Riigikantselei, lk 335
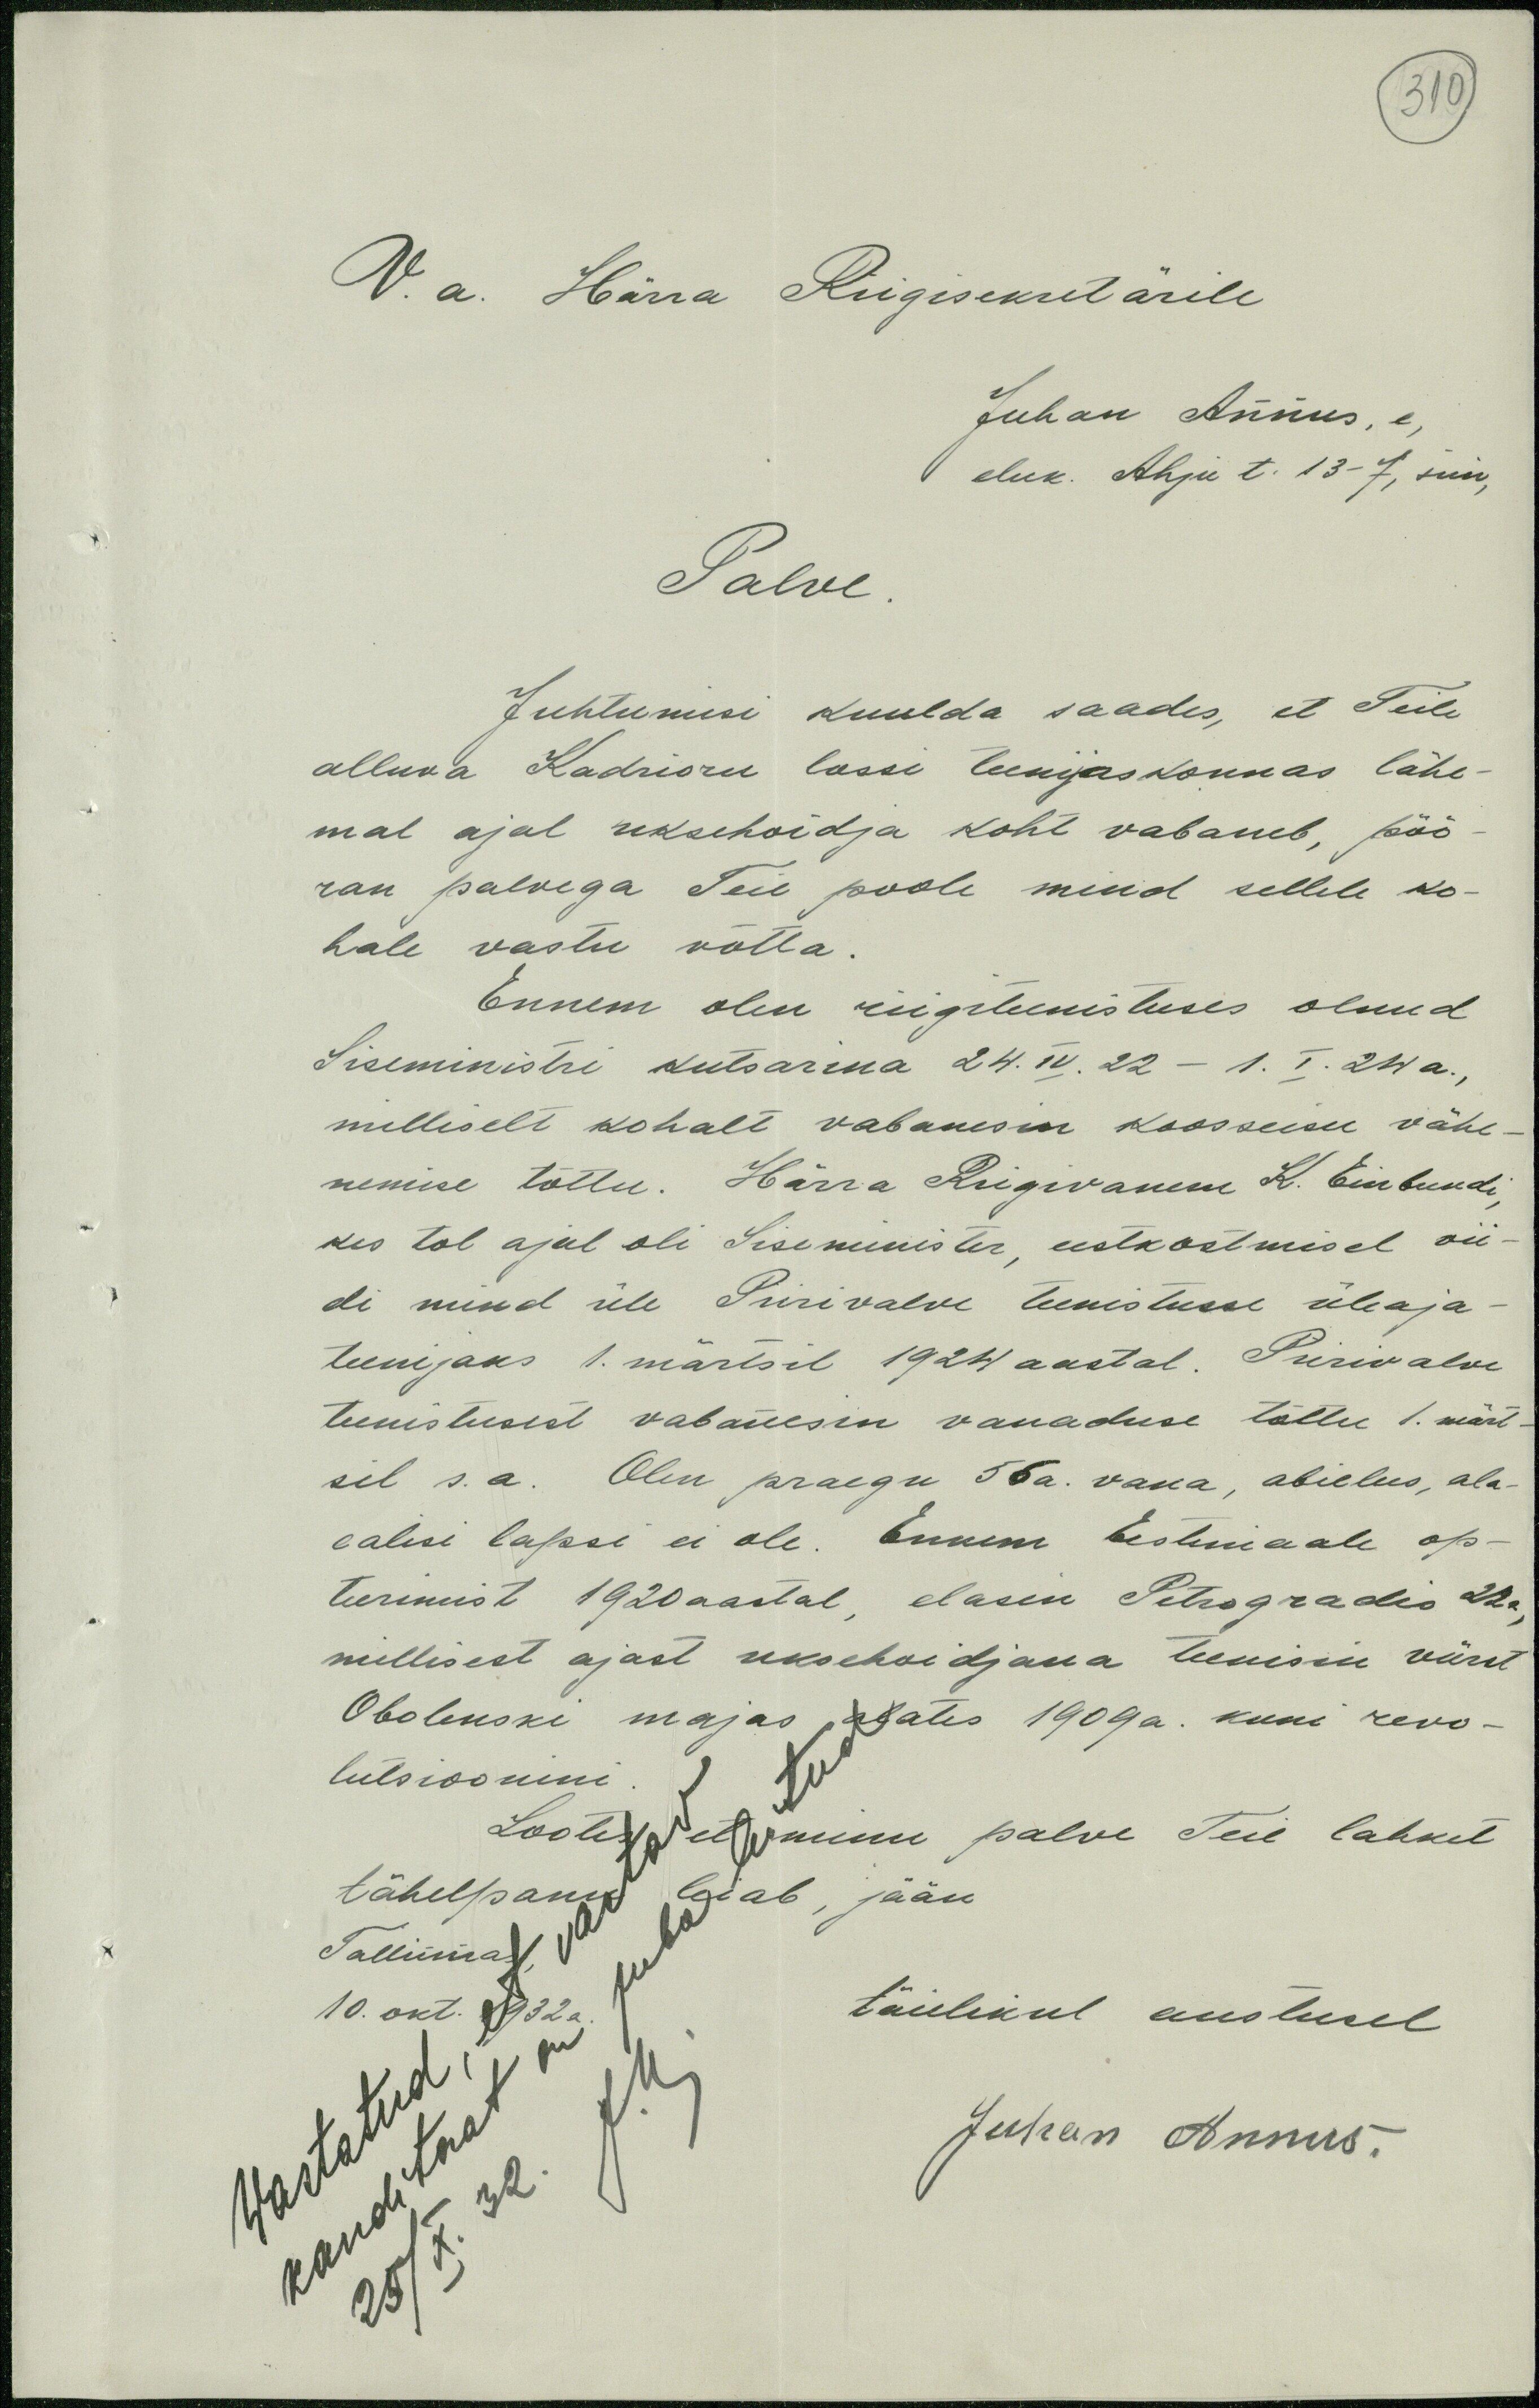
310
V. a. Härra Riigisekretärile
Juhan Annus, e,
eluk. Ahju t. 13 - 7, siin,
Palve
Juhtumisi kuulda saades, et Teile
alluva Kadrioru lossi teenjaskonnas lähe-
mal ajal uksehoidja koht vabaneb, pöö-
ran palvega Teie poole mind sellele ko-
hale vastu võtta.
Ennem olen riigiteenistuses olnud
Siseministri kutsarina 24.IV.22 - 1.I.24 a.,
milliselt kohalt vabanesin koosseisu vähe-
nemise tõttu. Härra Riigivanem K. Einbundi,
kes tol ajal oli Siseminister, eestkostmisel vii-
di mind üle Piirivalve teenistusse üleaja-
teenijaks 1. märtsil 1924 aastal. Piirivalve
teenistusest vabanesin vanaduse tõttu 1. märt-
sil s.a. Olen praegu 56a. vana, abielus, ala-
ealisi lapsi ei ole. Ennem Eestimaale op-
teerimist 1920aastal elasin Petrogradis 22a
millisest ajast uksehoidjana teenisin vürst
Obolenski majas alates 1909 a. kuni revo-
lutsioonini.
Lootes, et minu palve Teie lahket
tähelpanu leiab, jään
Tallinnas,
10. okt. 1932 a.
täielikul austusel
J.K.
25 / X. 32
Juhan Annus.